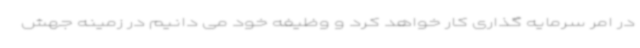
در امر سرمایه گذاری کار خواهد کرد و وظیفه خود می دانیم در زمینه جهش